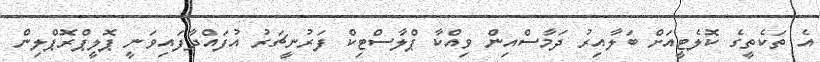
އެ ތަކެތީގެ ކޮލެޓީއަށް ބަލާއިރު ދަމާސްއިން ވިއްކާ ޕްލާސްޓިކް ފަރުނީޗަރު އުފައްދާފައިވަނީ ޕޮލީޕްރޮޕްލިން